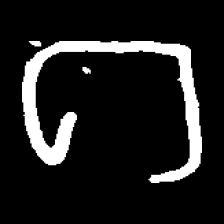
Pyu character \u2014 Myanmar letter: ဂ (romanized: ga)